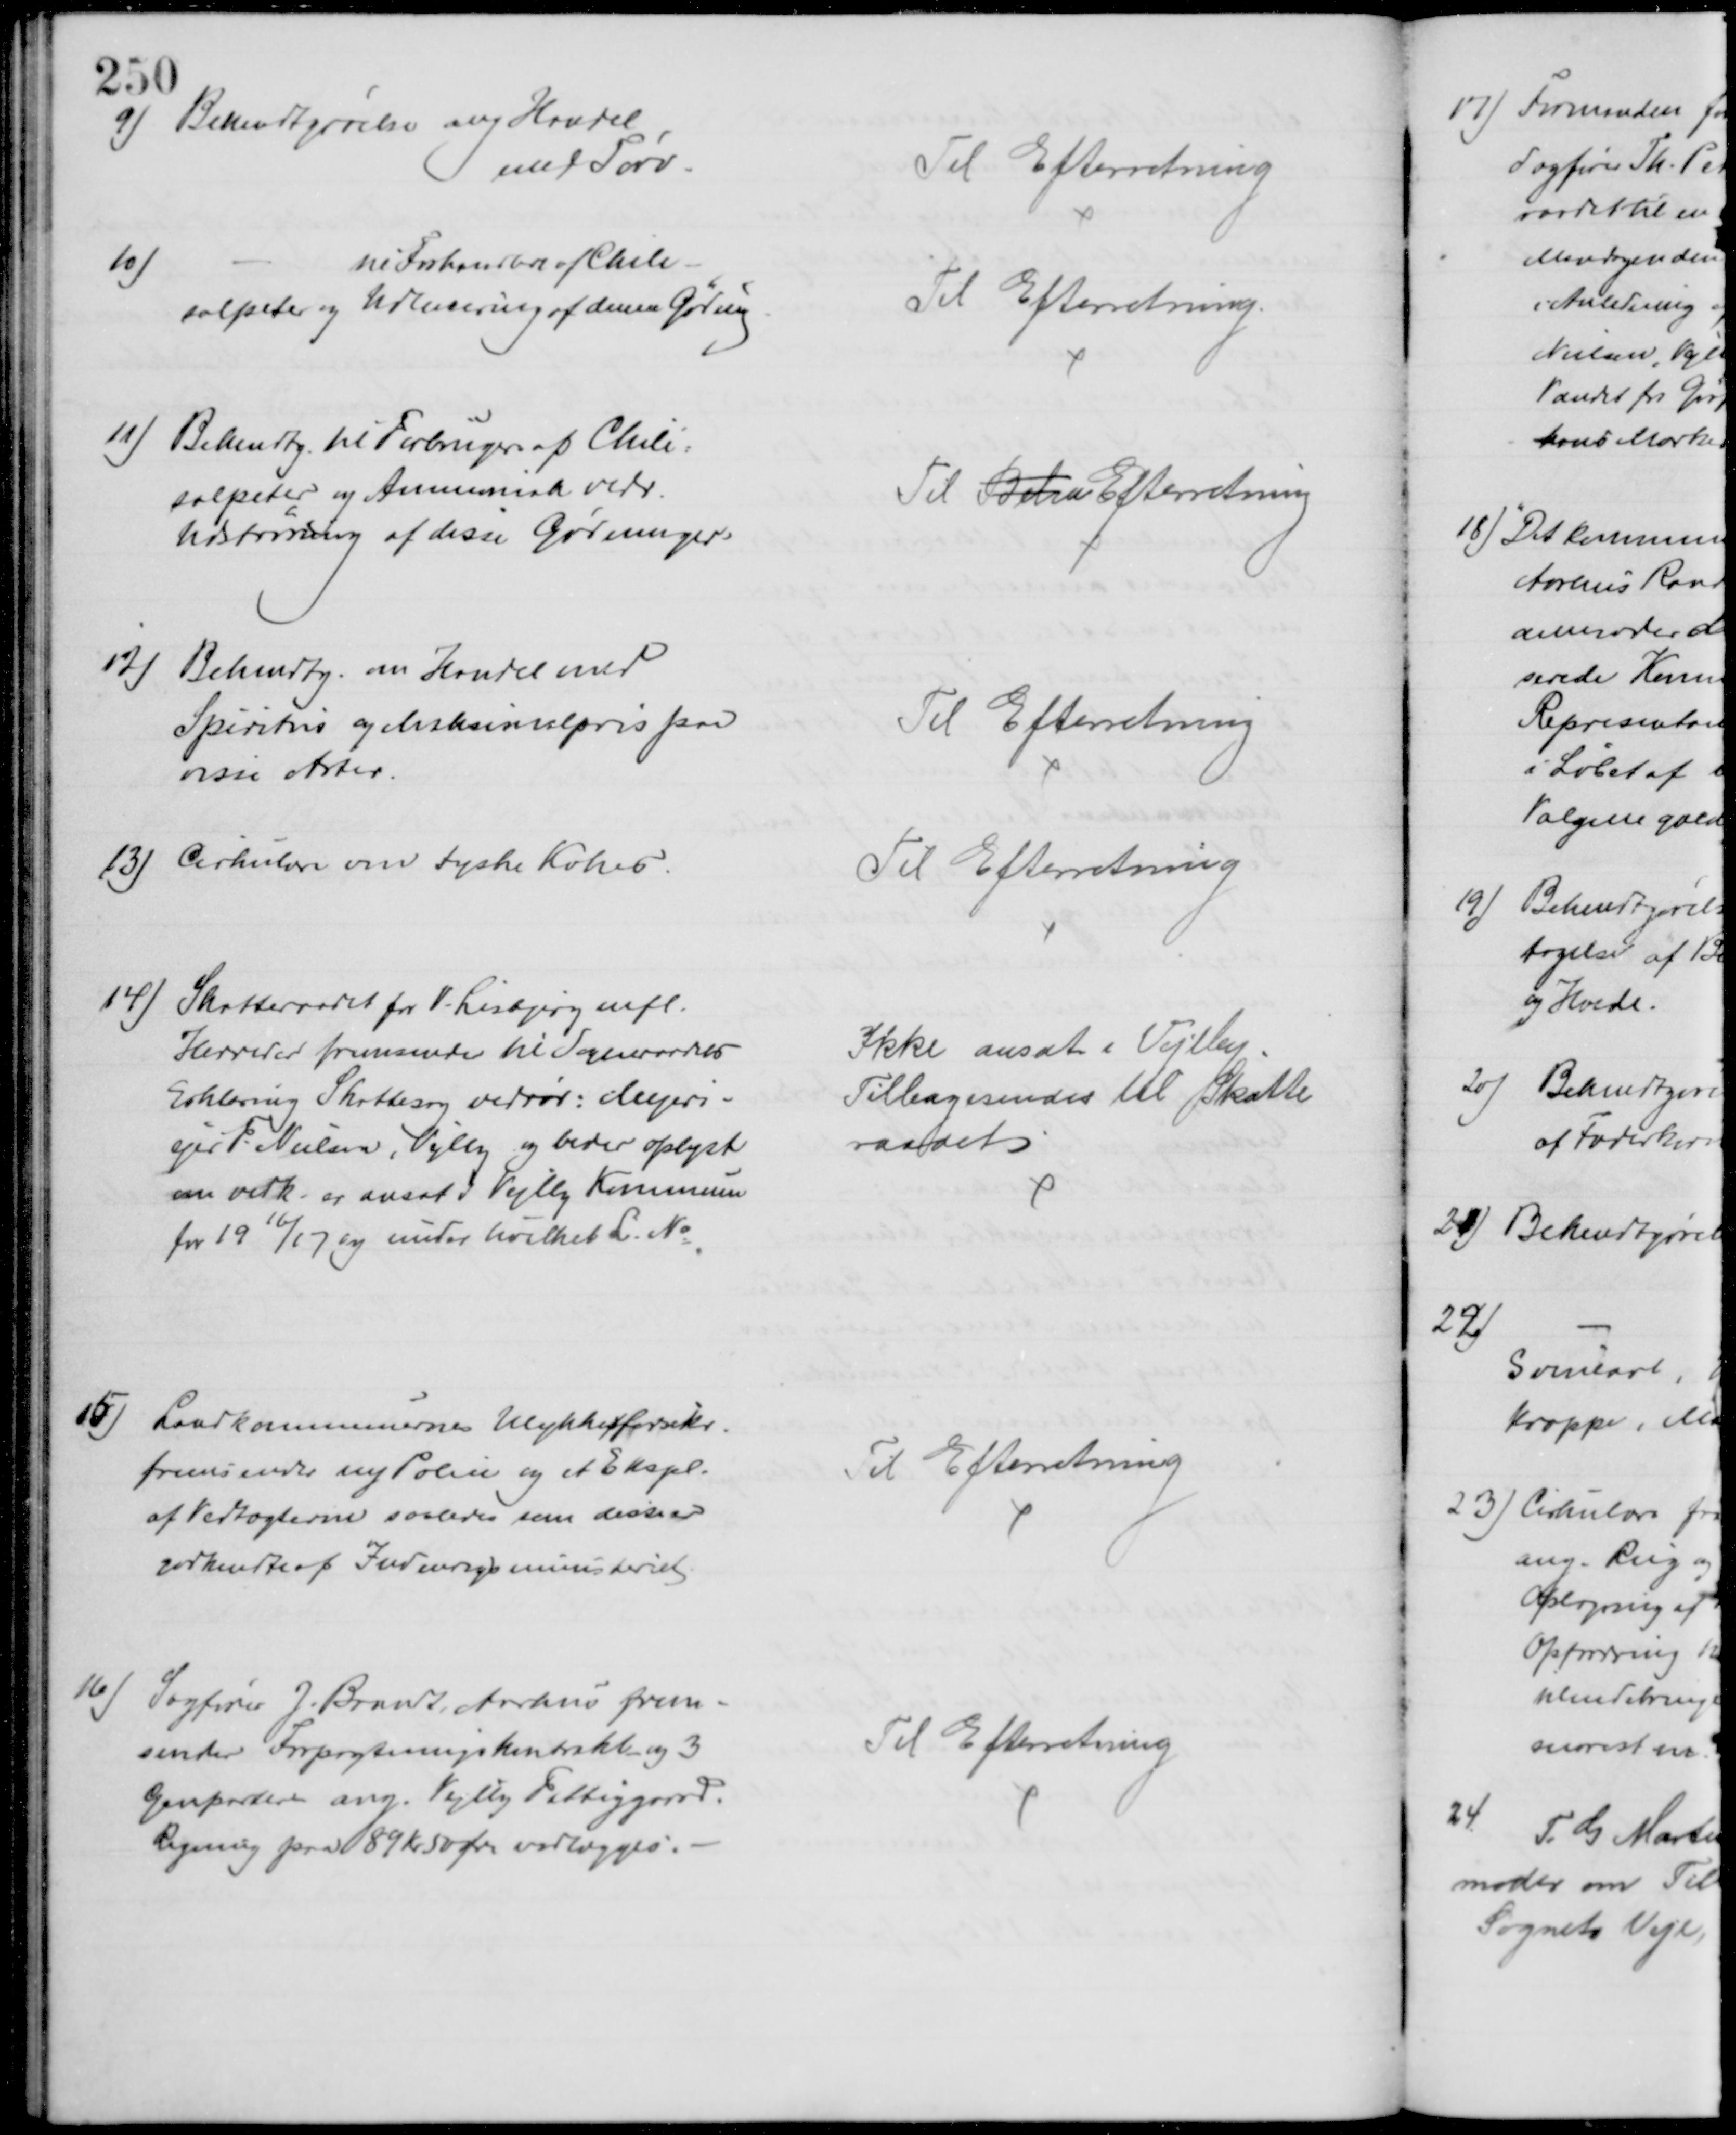
Transskription:
9) Bekendtgørelse ang Handel
med Tørv.
Til Efterretning
10)
ni Forhandlere af Chile-
salpeter og Udlevering af denne Gødning
Til Efterretning.
11) Bekendtg. til Forbrugere af Chile=
salpeter og Ammoniak vedr.
Udstrøning af disse Gødninger
Til Beken Efterretning
12) Bekendtg. om Handel med
Spiritus og Maksimalpris paa
visse Arter.
Til Efterretning
13) Cirkulære om tyske Kokes
Til Efterretning
14)
Skatteraadet for V. Lisbjerg mfl.
Herreder fremsender til Sogneraadets
Erklæring Skattesag vedrør: Mejeri-
ejer F. Nielsen, Vejlby og beder oplyst
om vedk. er ansat i Vejlby Kommune
for 1916/17 og under hvilket L. № 
Ikke ansat i Vejlby
Tilbagesendes til Skatte
raadet
15)
Landkommunernes Ulykkesforsikr.
fremsender ny Police og et Ekspl.
af Vedtægterne saaledes som disse er
godkendte af Indenrigsministeriet
Til Efterretning
16)
Sagfører J. Brandt, Aarhus frem-
sender Forpagtningskontrakt og 3
Genparter ang. Vejlby Fattiggaard.
Regning paa 89 Kr 50 Øre vedlægges.
Til Efterretning